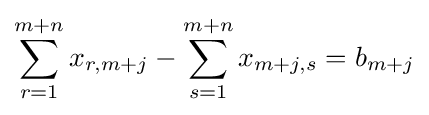
\sum _{r=1}^{m+n}{x_{r,m+j}}-\sum _{s=1}^{m+n}{x_{m+j,s}}=b_{m+j}